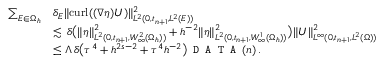
\begin{array} { r l } { \sum _ { E \in \Omega _ { h } } } & { \delta _ { E } \| { \mathrm { c u r l } } ( ( \boldsymbol { \nabla } \boldsymbol { \eta } ) \boldsymbol { U } ) \| _ { L ^ { 2 } ( 0 , t _ { n + 1 } , L ^ { 2 } ( E ) ) } ^ { 2 } } \\ & { \lesssim \, \delta \bigl ( \| \boldsymbol { \eta } \| _ { L ^ { 2 } ( 0 , t _ { n + 1 } , W _ { \infty } ^ { 2 } ( \Omega _ { h } ) ) } ^ { 2 } + h ^ { - 2 } \| \boldsymbol { \eta } \| _ { L ^ { 2 } ( 0 , t _ { n + 1 } , W _ { \infty } ^ { 1 } ( \Omega _ { h } ) ) } ^ { 2 } \bigr ) \| \boldsymbol { U } \| _ { L ^ { \infty } ( 0 , t _ { n + 1 } , L ^ { 2 } ( \Omega ) ) } ^ { 2 } } \\ & { \leq \Lambda \, \delta \big ( \tau ^ { 4 } + h ^ { 2 s - 2 } + \tau ^ { 4 } h ^ { - 2 } \big ) \texttt { D A T A } ( n ) \, . } \end{array}